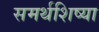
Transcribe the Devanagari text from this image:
समर्थशिष्या